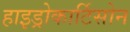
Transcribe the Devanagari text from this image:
हाइड्रोकार्टिसोन